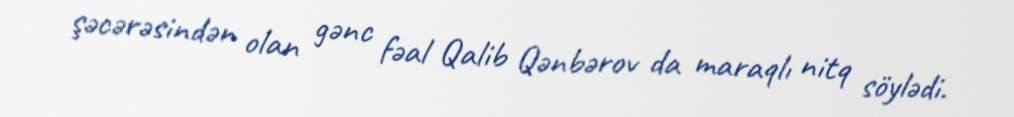
şəcərəsindən olan gənc fəal Qalib Qənbərov da maraqlı nitq söylədi.